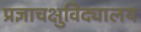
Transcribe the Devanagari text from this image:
प्रज्ञाचक्षुविद्यालय